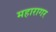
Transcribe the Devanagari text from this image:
महारागर